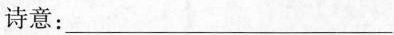
诗意：___